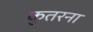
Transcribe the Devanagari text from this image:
कुतरना